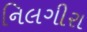
નિલગીરા